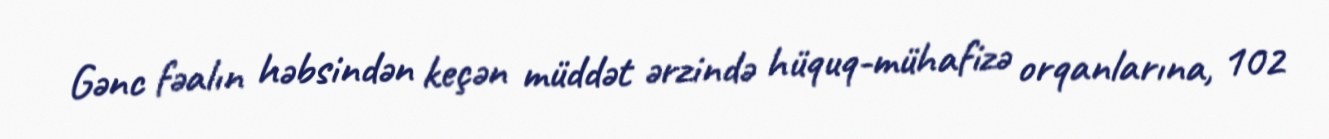
Gənc fəalın həbsindən keçən müddət ərzində hüquq-mühafizə orqanlarına, 102